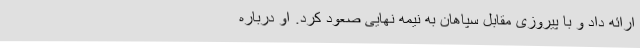
ارائه داد و با پیروزی مقابل سپاهان به نیمه نهایی صعود کرد. او درباره